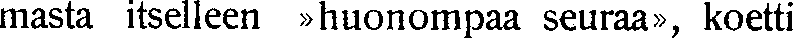
masta itselleen »huonompaa seuraa», koetti